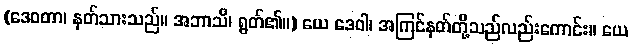
(ဒေဝတာ၊ နတ်သားသည်။ အဘာသိ၊ ရွတ်၏။) ယေ ဒေဝါ၊ အကြင်နတ်တို့သည်လည်းကောင်း။ ယေ